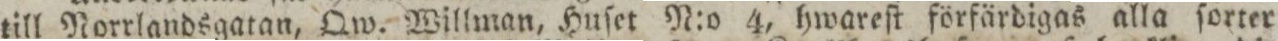
till Norrlandsgatan, Qw. Willman, Huſet N:o 4, hwareſt förfärdigas alla ſorter